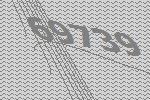
69739